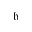
\mathfrak { h }